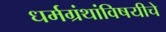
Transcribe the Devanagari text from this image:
धर्मग्रंथांविषयीचे